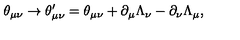
\theta _ { \mu \nu } \rightarrow \theta _ { \mu \nu } ^ { \prime } = \theta _ { \mu \nu } + \partial _ { \mu } \Lambda _ { \nu } - \partial _ { \nu } \Lambda _ { \mu } ,